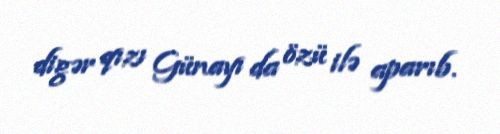
digər qızı Günayı da özü ilə aparıb.